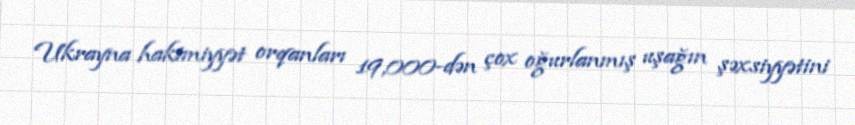
Ukrayna hakimiyyət orqanları 19,000-dən çox oğurlanmış uşağın şəxsiyyətini